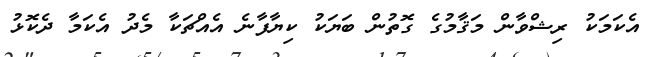
އެކަމަކު ރިޝްވާން މަޤާމުގެ ގޮތުން ބަޔަކު ކިޔާފާނެ އެއްޗަކާ މެދު އެކަމާ ދެކޮޅު